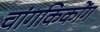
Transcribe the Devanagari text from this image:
चांगकिकोंग